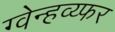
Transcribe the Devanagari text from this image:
ग्वेन्हव्य्फर